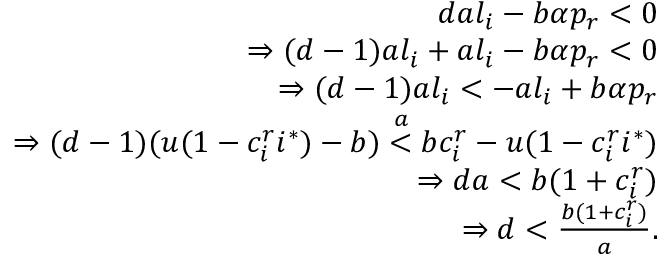
\begin{array} { r } { d a l _ { i } - b \alpha p _ { r } < 0 } \\ { \Rightarrow ( d - 1 ) a l _ { i } + a l _ { i } - b \alpha p _ { r } < 0 } \\ { \Rightarrow ( d - 1 ) a l _ { i } < - a l _ { i } + b \alpha p _ { r } } \\ { \Rightarrow ( d - 1 ) ( u ( 1 - c _ { i } ^ { r } i ^ { * } ) - b ) \stackrel { a } { < } b c _ { i } ^ { r } - u ( 1 - c _ { i } ^ { r } i ^ { * } ) } \\ { \Rightarrow d a < b ( 1 + c _ { i } ^ { r } ) } \\ { \Rightarrow d < \frac { b ( 1 + c _ { i } ^ { r } ) } { a } . } \end{array}